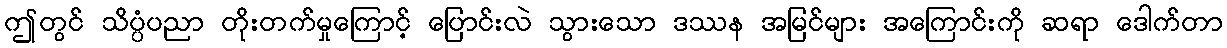
ဤတွင် သိပ္ပံပညာ တိုးတက်မှုကြောင့် ပြောင်းလဲ သွားသော ဒဿန အမြင်များ အကြောင်းကို ဆရာ ဒေါက်တာ